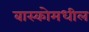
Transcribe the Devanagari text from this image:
बास्कोमधील